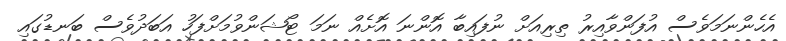
އެހެންނަމަވެސް އުފަންވާއިރު ތިރިއަށް ނުފައިބާ އޮންނަ އޮށެއް ނަމަ ޓޯޝަންވުމަށްފަހު އަބަދުވެސް ބަނޑުގައި